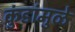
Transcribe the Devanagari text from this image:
कुंडांमुळे